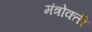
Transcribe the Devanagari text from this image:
मंत्रोक्ती